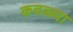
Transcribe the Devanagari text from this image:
कवळ्या